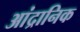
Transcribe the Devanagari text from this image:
आंद्रानिक